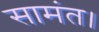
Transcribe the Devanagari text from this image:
सामंत।